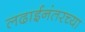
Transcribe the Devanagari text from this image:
लढाईनंतरच्या